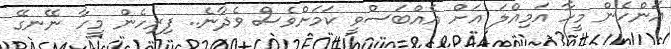
އަންހެން މީހާ އަމިއްލަ އަށް އެއްބަސްވީ ކަމަށްވެސް ވެދާނެ.. ފިރިހެން މީހާ ނޭނގޭ